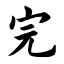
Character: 完